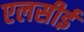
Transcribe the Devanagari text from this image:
एलसीई